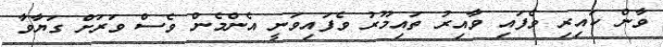
ވާން ކައިރި ވެފައި ވާއިރު ތައިމޫރު ވެފައިވަނީ އެންމެން ވެސް ވަރަށް ގަޔާވާ